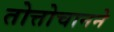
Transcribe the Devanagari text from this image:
तोत्तोचानने